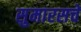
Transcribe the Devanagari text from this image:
सुमारसचे